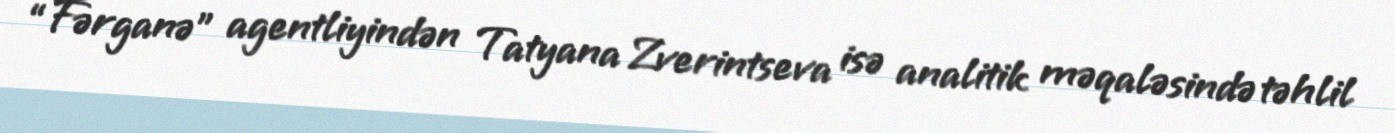
“Fərganə” agentliyindən Tatyana Zverintseva isə analitik məqaləsində təhlil